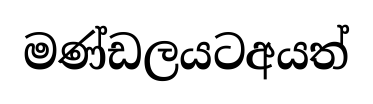
මණ්ඩලයටඅයත්